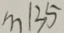
m \vert 3 5